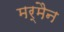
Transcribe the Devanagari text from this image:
मर्मैन